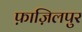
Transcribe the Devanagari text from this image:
फ़ाज़िलपुर